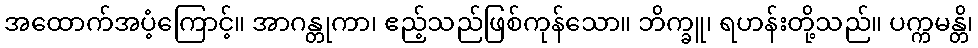
အထောက်အပံ့ကြောင့်။ အာဂန္တုကာ၊ ဧည့်သည်ဖြစ်ကုန်သော။ ဘိက္ခူ၊ ရဟန်းတို့သည်။ ပက္ကမန္တိ၊